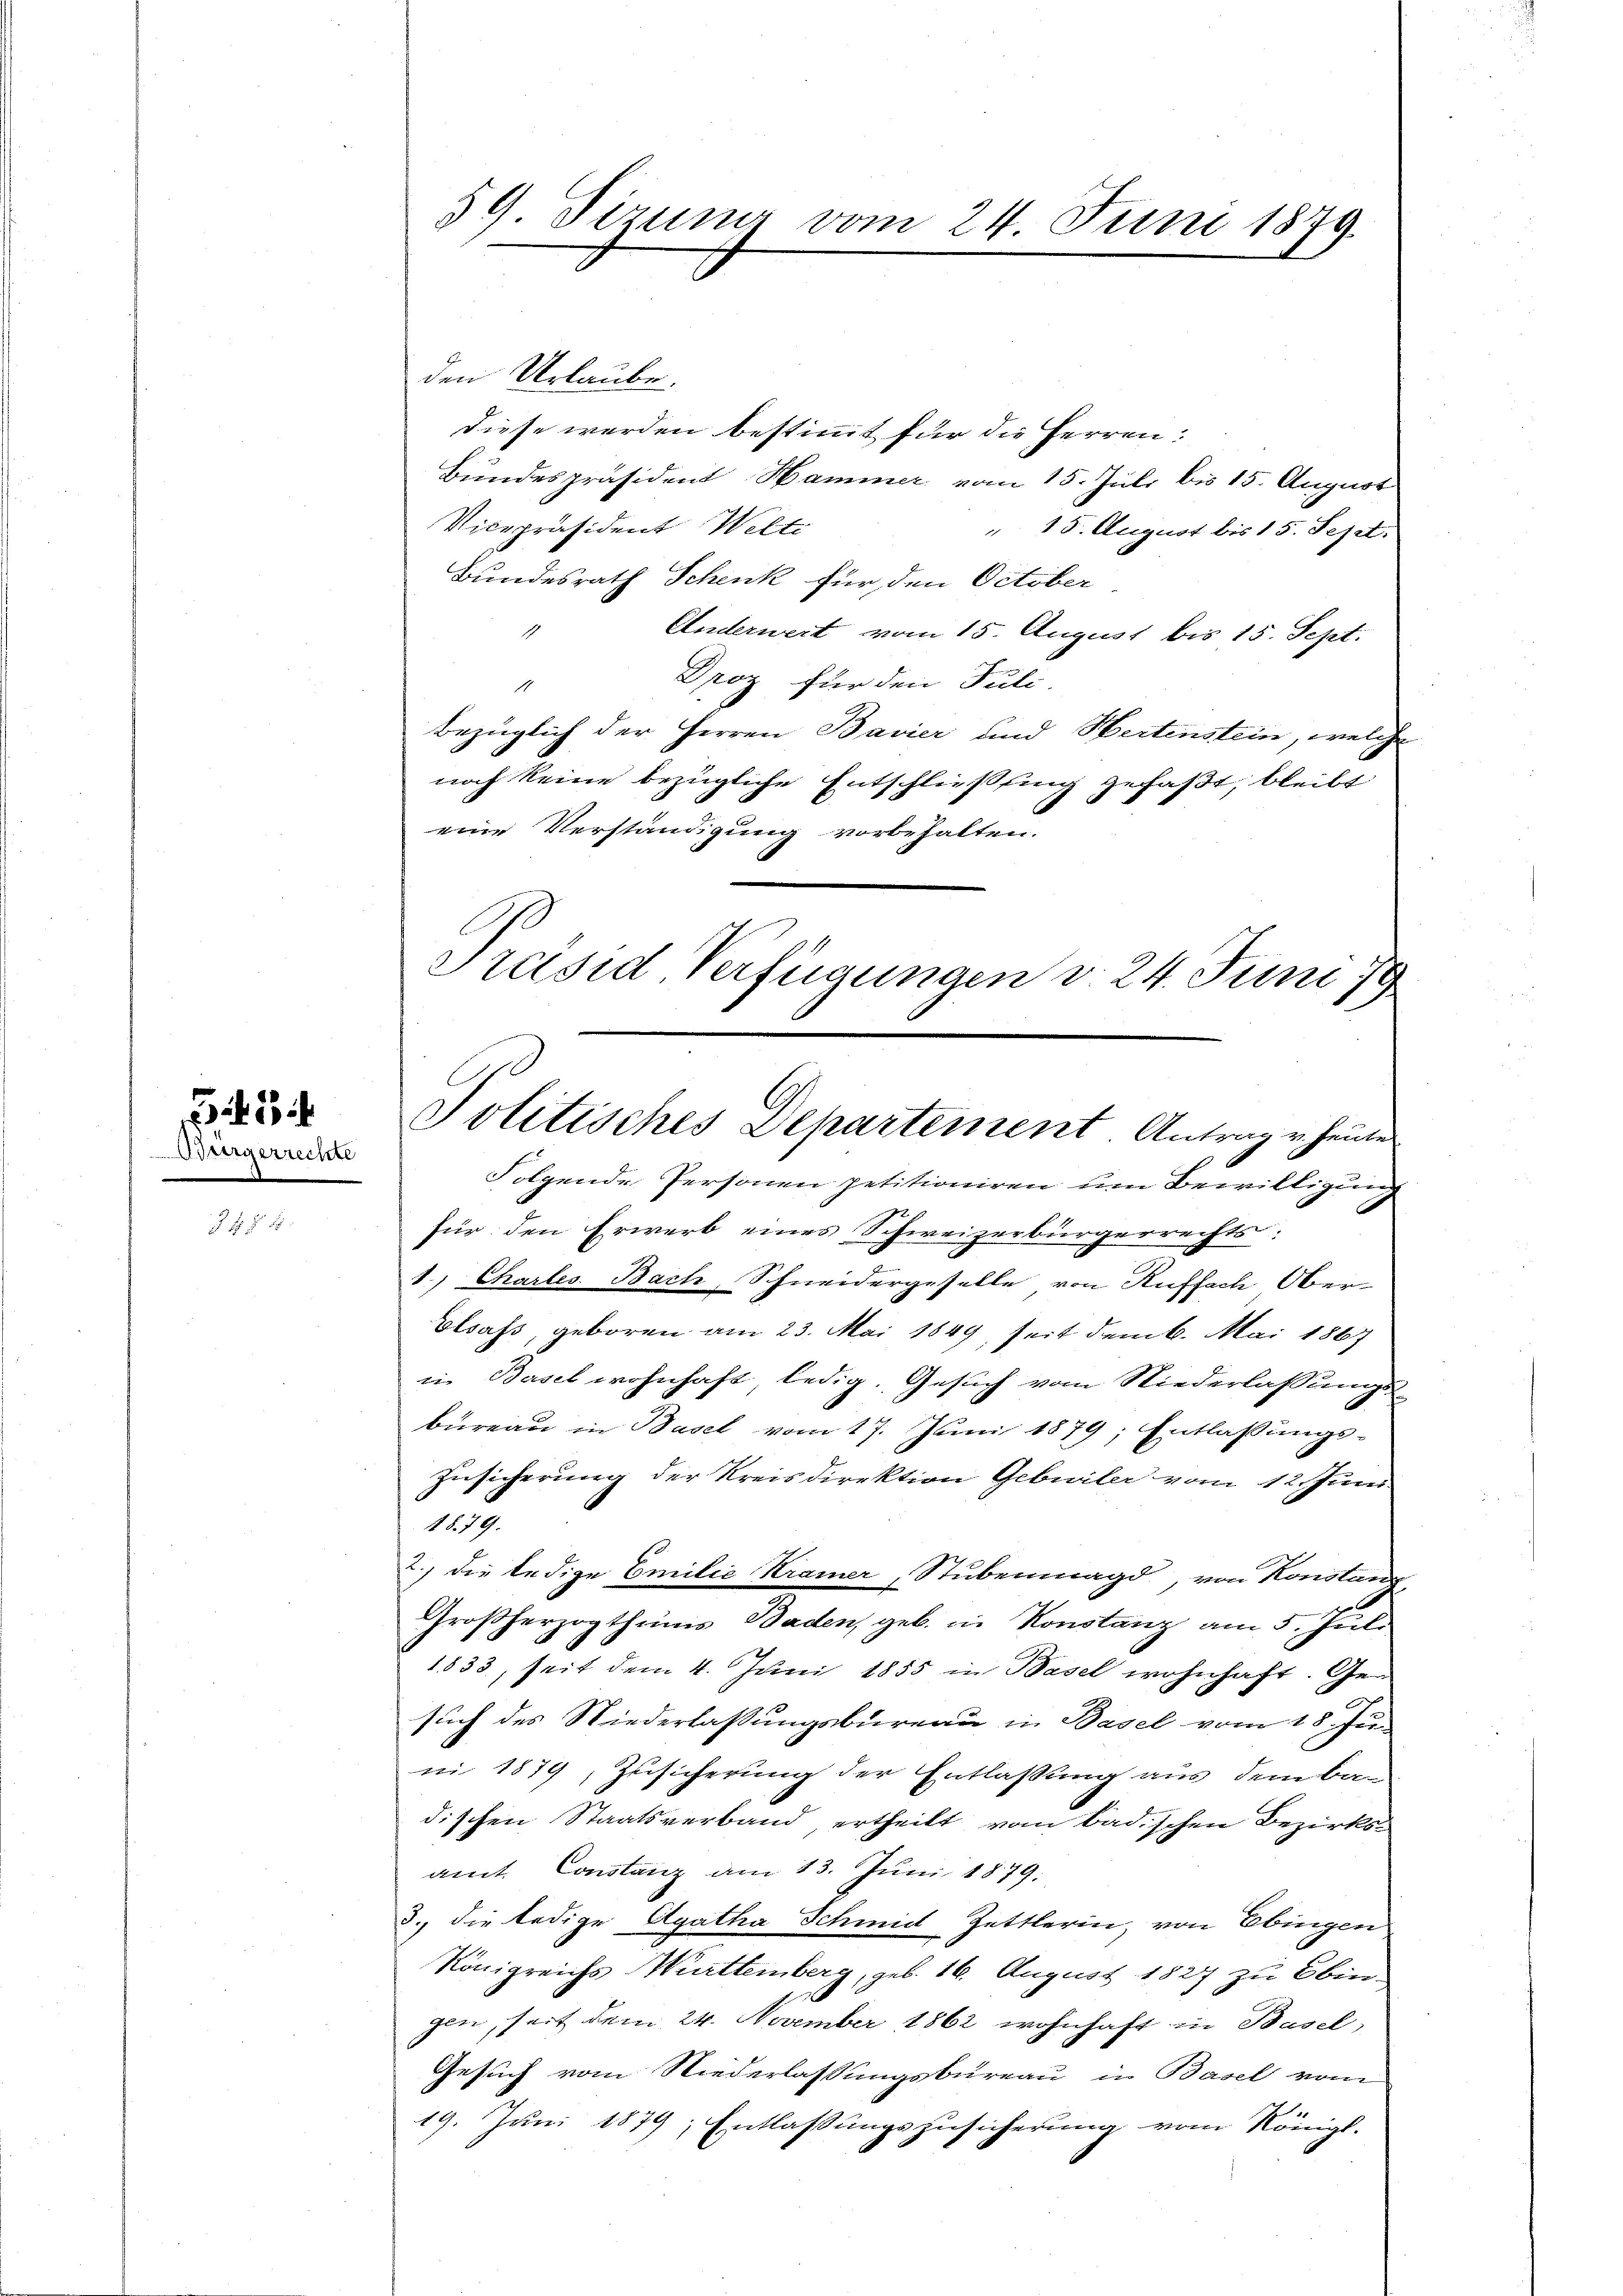
33
Odeergerrechte

f 8 x

den Urlaube.
diese werden bestimmt für die Herren:
Bundespräsident Hammer vom 15. Juli bis 15. August
Vicepräsident Welti
" 15. August bis 15. Sept.
Bundesrath Schenk für den October
Anderwert vom 15. August bis 15. Sept.
1
Droz für den Juli.
1
bezüglich der Herren Bavier und Hertenstein, welche
noch keine bezügliche Entschließling gefaßt, bleibt
eine Verständigung vorbehalten.
Folgende Personen petitioniren um Bewilligung
für den Erwerb eines Schweizerbürgerrechts:
1.) Charles. Bach, Schneidergeselle von Ruffach Ober-
Elsass, geboren am 23. Mai 1849, seit dem 6. Mai 1867
in Basel wohnhaft ledig. Gesuch vom Niederlassungs-
büreau in Basel vom 17. Juni 1879; Entlaßungs-
Zusicherung der Kreisdirektion Gebuiler vom 12. Juni
1879.
2.) Die ledige Emilie Kramer, Stubenmagd, von Konstan
Großherzogthums Baden, geb. in Konstanz am 5. Juli
1833, seit dem 4. Juni 1855 in Basel wohnhaft. Gesuch des Niederlassungsbureau in Basel vom 18. Ju
ni 1879, Zusicherung der Entlassung aus dem Bau-
dischen Staatsverband ertheilt vom badischen Bezirks-
amt. Constanz am 13. Juni 1879.
3., die ledige Agatha Schmidt Zettlerin, von Ebingen
Königreichs Württemberg, geb. 16. August 1827 zu Ebin-
gen, seit dem 24. November 1862 wohnhaft in Basel,
Gesuch vom Niederlassungsbureau in Basel vom
19. Juni 1879, Entlassungszusicherung vom Königl.

59 Sizung vom 24. Juni 1879.

Präsid, Verfügungen v. 24. Juni 19
Politisches Departement. Antrage heute